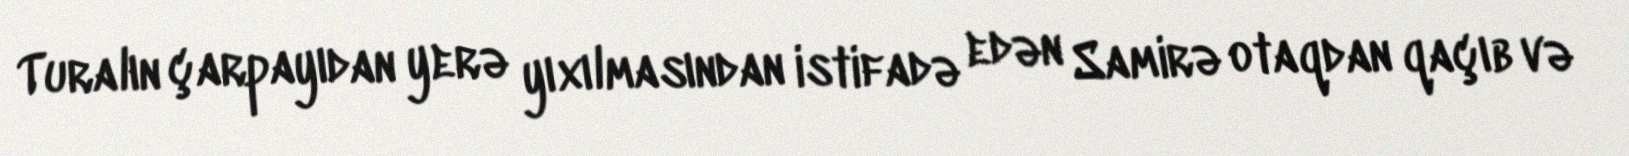
Turalın çarpayıdan yerə yıxılmasından istifadə edən Samirə otaqdan qaçıb və